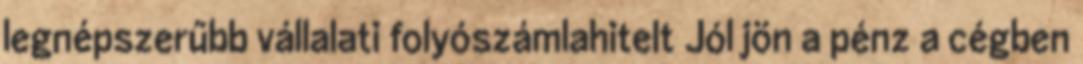
legnépszerűbb vállalati folyószámlahitelt Jól jön a pénz a cégben